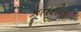
કૂતરીના